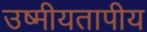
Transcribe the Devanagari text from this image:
उष्मीयतापीय